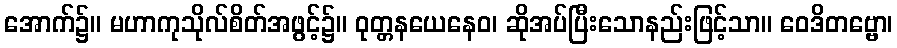
အောက်၌။ မဟာကုသိုလ်စိတ်အဖွင့်၌။ ဝုတ္တနယေနေဝ၊ ဆိုအပ်ပြီးသောနည်းဖြင့်သာ။ ဝေဒိတဗ္ဗော၊